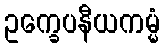
ဥက္ခေပနီယကမ္မံ